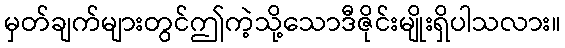
မှတ်ချက်များတွင်ဤကဲ့သို့သောဒီဇိုင်းမျိုးရှိပါသလား။